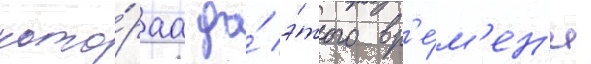
кото́раа до́ э́того вр'е́м'ен'и